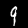
Label: 9